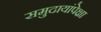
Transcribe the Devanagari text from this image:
समुदायांपेक्षा